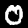
Label: 0